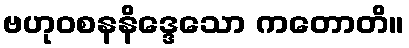
ဗဟုဝစနနိဒ္ဒေသော ကတောတိ။